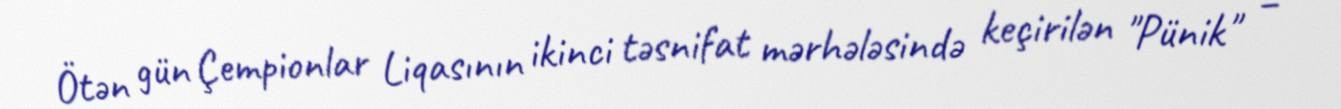
Ötən gün Çempionlar Liqasının ikinci təsnifat mərhələsində keçirilən "Pünik" –